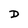
Character: D